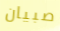
صبيان